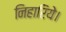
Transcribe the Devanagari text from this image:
निहारिये।